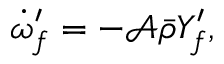
\begin{array} { r } { \dot { \omega } _ { f } ^ { \prime } = - \mathcal { A } \bar { \rho } Y _ { f } ^ { \prime } , } \end{array}